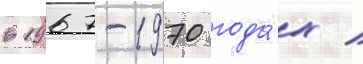
в 1967-1970 года́х /